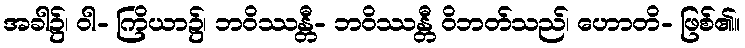
အခါ၌၊ ဝါ- ကြိယာ၌၊ ဘဝိဿန္တီ- ဘဝိဿန္တီ ဝိဘတ်သည်၊ ဟောတိ- ဖြစ်၏။